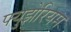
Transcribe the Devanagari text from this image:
फ्युझेरियम